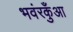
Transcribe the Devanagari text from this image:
भवंरकुँआ